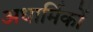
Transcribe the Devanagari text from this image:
अधार्मिकों